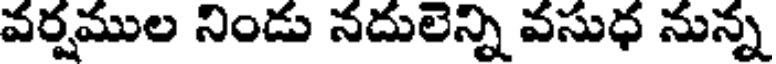
వర్షముల నిండు నదులెన్ని వసుధ నున్న